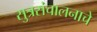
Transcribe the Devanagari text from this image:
सुत्रसंचालनाचे